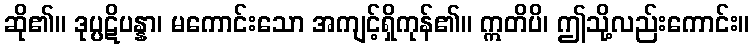
ဆို၏။ ဒုပ္ပဋိပန္နာ၊ မကောင်းသော အကျင့်ရှိကုန်၏။ ဣတိပိ၊ ဤသို့လည်းကောင်း။